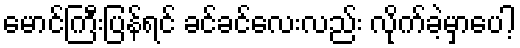
မောင်ကြီးပြန်ရင် ခင်ခင်လေးလည်း လိုက်ခဲ့မှာပေါ့